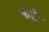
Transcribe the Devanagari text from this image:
नादे